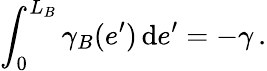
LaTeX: \int_{0}^{L_{B}}\gamma_{B}(e^{\prime})\, \mathrm{d}e^{\prime}=-\gamma\, .